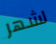
لشهر